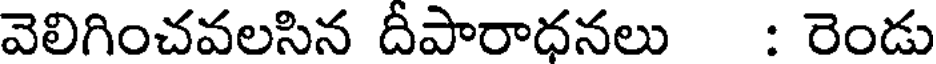
వెలిగించవలసిన దీపారాధనలు : రెండు